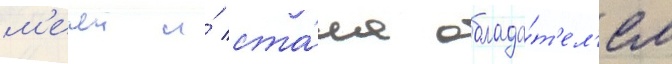
м'ечеи и́ ста́ла облада́т'ел'ем